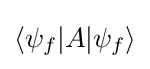
\langle \psi _{f}|A|\psi _{f}\rangle